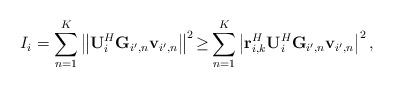
\begin{align*}I_{i}=\sum_{n=1}^{K}\left\Vert \mathbf{U}_{i}^{H}\mathbf{G}_{i',n}\mathbf{v}_{i',n}\right\Vert ^{2}{\geq}\sum_{n=1}^{K}\left|\mathbf{r}_{i,k}^{H}\mathbf{U}_{i}^{H}\mathbf{G}_{i',n}\mathbf{v}_{i',n}\right|^{2},\end{align*}